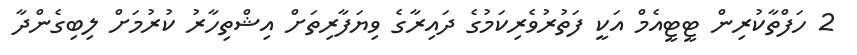
2 ހަފްތާކުރިން ޓީޓީއެމް އަކީ ފަތުރުވެރިކަމުގެ ދައިރާގެ ވިޔަފާރިތަށް އިޝްތިހާރު ކުރުމަށް ލިބިގެންދާ